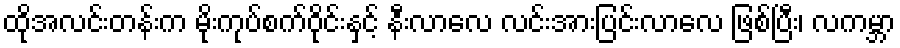
ထိုအလင်းတန်းက မိုးကုပ်စက်ဝိုင်းနှင့် နီးလာလေ လင်းအားပြင်းလာလေ ဖြစ်ပြီး၊ လကမ္ဘာ